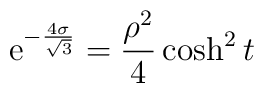
{\rm e}^{-{4 \sigma \over \sqrt{3}}} = {\rho^2 \over 4} \cosh^2 t